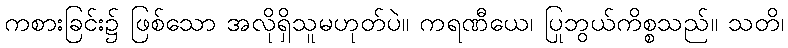
ကစားခြင်း၌ ဖြစ်သော အလိုရှိသူမဟုတ်ပဲ။ ကရဏီယေ၊ ပြုဘွယ်ကိစ္စသည်။ သတိ၊